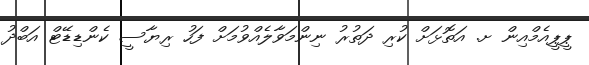
ޕީޕީއެމްއިން ށ. އަތޮޅަށް ކުރި ދަތުރު ނިންމަވާލެއްވުމަށް ފަހު ރިޔާސީ ކެންޑިޑޭޓް އަބްދު